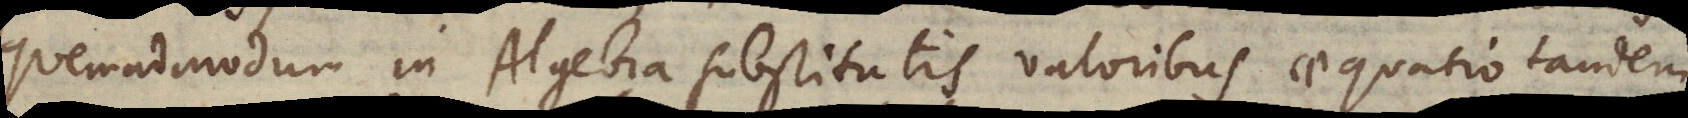
quemadmodum in Algebra substitutis valoribus aequatio tandem